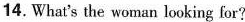
14.What's the woman looking for?